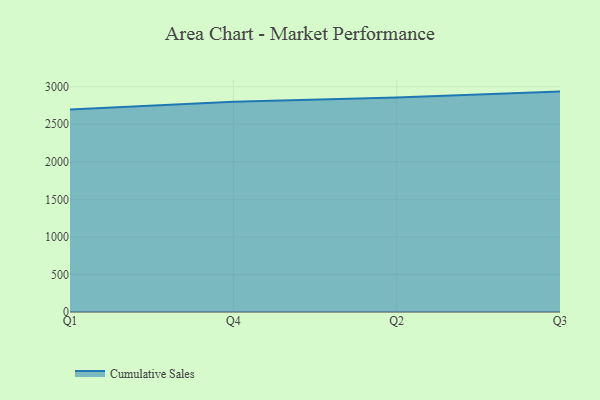
{"axis": {"x": "Quarter", "y": "Energy Usage (MWh)"}, "legend": ["Cumulative Sales"], "data": [{"x": "Q1", "y": 2697.1, "type": "Cumulative Sales"}, {"x": "Q4", "y": 2798.9, "type": "Cumulative Sales"}, {"x": "Q2", "y": 2857.9, "type": "Cumulative Sales"}, {"x": "Q3", "y": 2935.3, "type": "Cumulative Sales"}]}